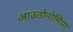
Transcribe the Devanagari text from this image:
आउतोनोमिया